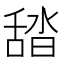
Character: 𦧟